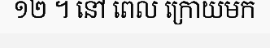
១២ ។ នៅ ពេល ក្រោយមក